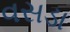
વસડા